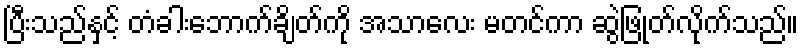
ပြီးသည်နှင့် တံခါးဘောက်ချိတ်ကို အသာလေး မတင်ကာ ဆွဲဖြုတ်လိုက်သည်။